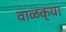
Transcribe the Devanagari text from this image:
वाळक्या